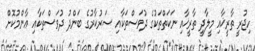
ހިޖުރީ ތާރީޚާއި މީލާދީ ތާރީޚާއި ނަކަތްތަކުގެ ދުވަސްތަކާއި ސަރުކާރުގެ ބަންދު ދުވަސްތަކާއި ޢާންމުކޮށް